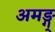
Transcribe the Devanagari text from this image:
अमङ्ग्